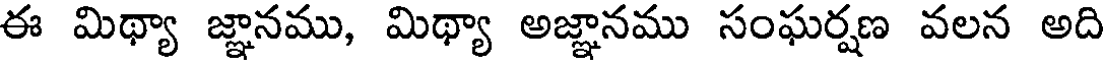
ఈ మిథ్యా జ్ఞానము, మిథ్యా అజ్ఞానము సంఘర్షణ వలన అది